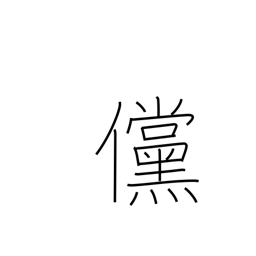
Meaning: if